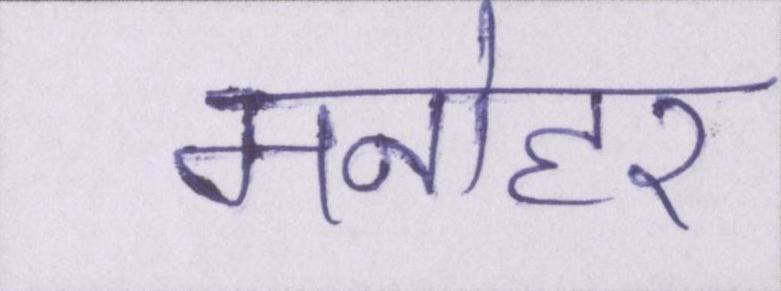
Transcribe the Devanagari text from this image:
मनोहर